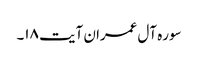
سوره آل‌ عمران آیت ۱۸۔